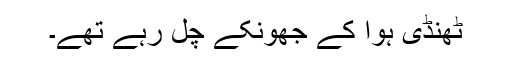
ٹھنڈی ہوا کے جھونکے چل رہے تھے۔